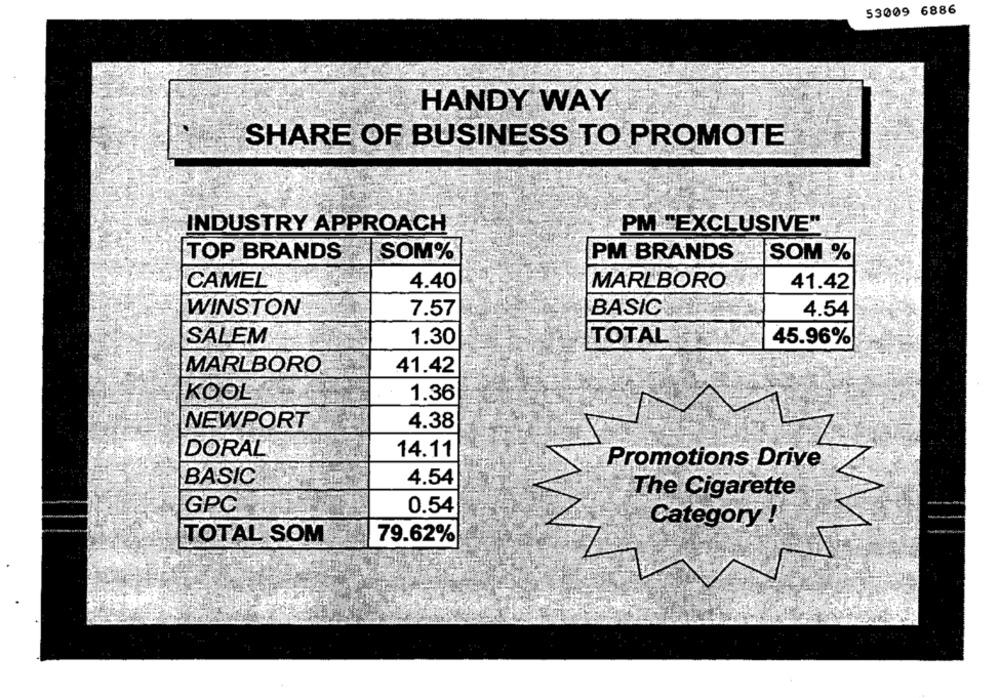
53009 6886
HANDY WAY
SHARE OF BUSINESS TO PROMOTE
INDUSTRY APPROACH
PM EXCLUSIVE"
TOP BRANDS
SOM%
PM BRANDS
SOM %
CAMEL
4.40
MARLBORO
41.42
WINSTON
7.57
BASIC
4.54
SALEM
1.30
TOTAL
45.96%
MARLBORO
41.42
KOOL
1.36
NEWPORT
4.38
DORAL
14.11
Promotions Drive
BASIC
4.54
The Cigarette
GPC
0.54
Category !
TOTAL SOM
79.62%